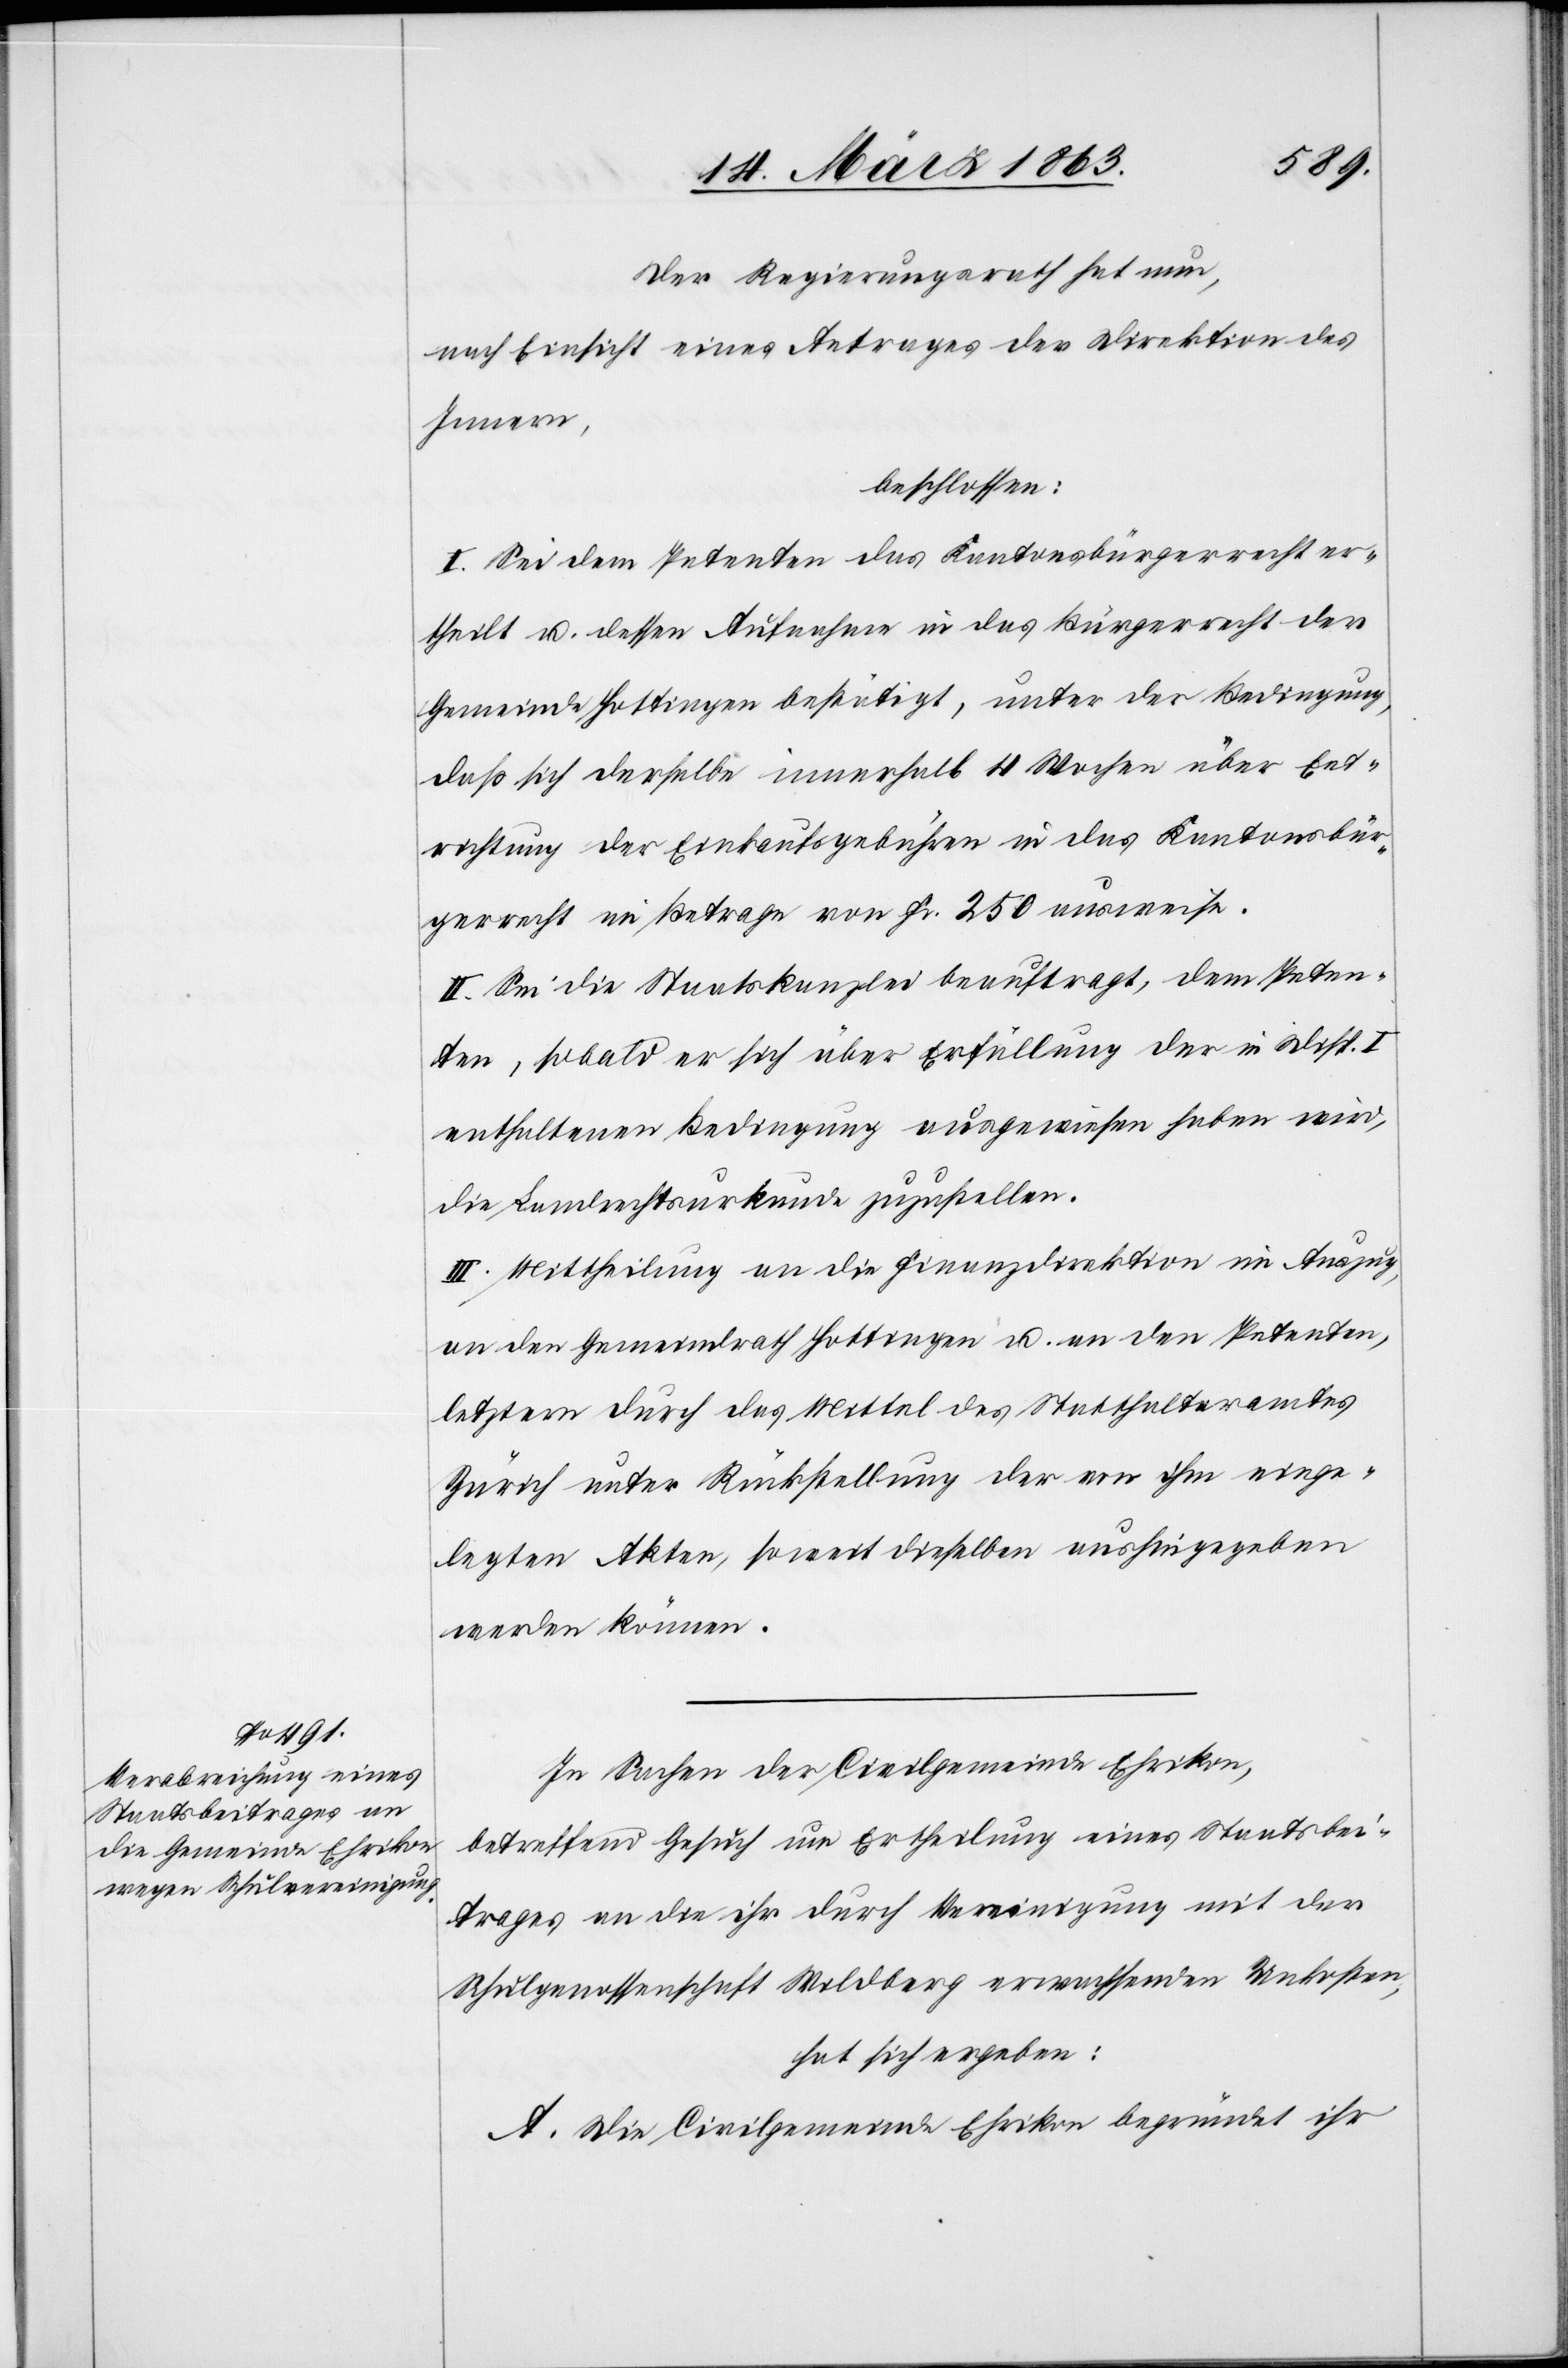
Der Regierungsrath hat nun,
nach Einsicht eines Antrages der Direktion des
Innern,
beschlossen:
I. Sei dem Petenten das Kantonsbürgerrecht er¬
theilt u. dessen Aufnahme in das Bürgerrecht der
Gemeinde Hottingen bestätigt, unter der Bedingung,
daß sich derselbe innerhalb 4 Wochen über Ent¬
richtung der Einkaufsgebühren in das Kantonsbür¬
gerrecht im Betrage von Fr. 250 ausweise.
II. Sei die Staatskanzlei beauftragt, dem Peten¬
ten, sobald er sich über Erfüllung der in Disp. I
enthaltenen Bedingung ausgewiesen haben wird,
die Landrechtsurkunde zuzustellen.
III. Mittheilung an die Finanzdirektion im Auszug,
an den Gemeindrath Hottingen u. an den Petenten,
letztern durch das Mittel des Statthalteramtes
Zürich unter Rückstellung der von ihm einge¬
legten Akten, soweit dieselben aushingegeben
werden können.
In Sachen der Civilgemeinde Ehrikon,
betreffend Gesuch um Ertheilung eines Staatsbei¬
trages an die ihr durch Vereinigung mit der
Schulgenossenschaft Wildberg erwachsenden Unkosten,
hat sich ergeben:
A. Die Civilgemeinde Ehrikon begründet ihr